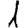
Digit: 1